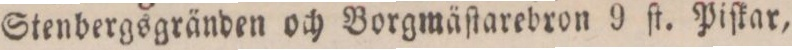
Stenbergsgränden och Borgmäſtarebron 9 ſt. Piſkar,